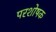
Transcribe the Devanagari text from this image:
परशोषक